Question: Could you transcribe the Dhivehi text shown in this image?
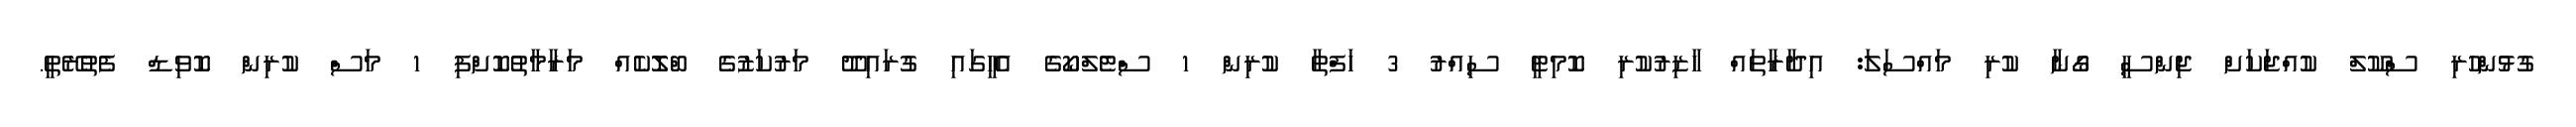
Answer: ގުޅުންހުރި ސްކޫލް ކުއްޖަކަށް ޖިންސީ ގޯނާ ކުރި މައްސަލަ: އިދާރާތައް ހާޒިރުކުރި ކޮމިޓީ ސިއްރު 3 ހަފްތާ ކުރިން 1 ސްޓެލްކޯގެ އެހީގައި ގުރައިދޫ މަރުކަޒުގެ ބްލޮކެއް މަރާމާތުކޮށްފި 1 މަސް ކުރިން ކޮވިޑް ފެތުރޭތީ.